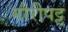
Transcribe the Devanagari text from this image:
गौरीपट्ट